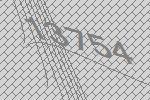
13754